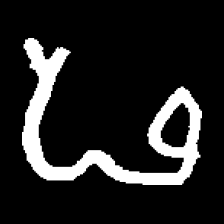
Pyu character \u2014 Myanmar letter: ဖ (romanized: pha)